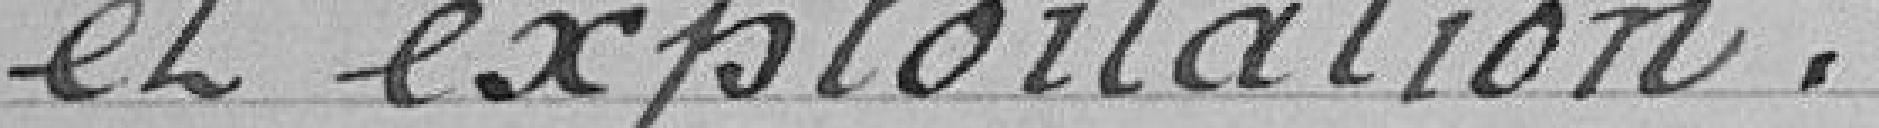
et exploitation.